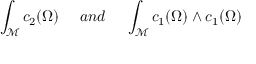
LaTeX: \int _ { \mathcal { M } } c _ { 2 } ( \Omega ) \ \ \ \ a n d \ \ \ \ \int _ { { \mathcal M } } c _ { 1 } ( \Omega ) \wedge c _ { 1 } ( \Omega )